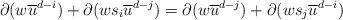
LaTeX: \begin{align*}\partial(w\overline{u}^{d-i})+\partial(ws_i\overline{u}^{d-j})=\partial(w\overline{u}^{d-j})+\partial(ws_j\overline{u}^{d-i})\end{align*}